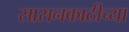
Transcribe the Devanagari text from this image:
सासनकाठीच्या